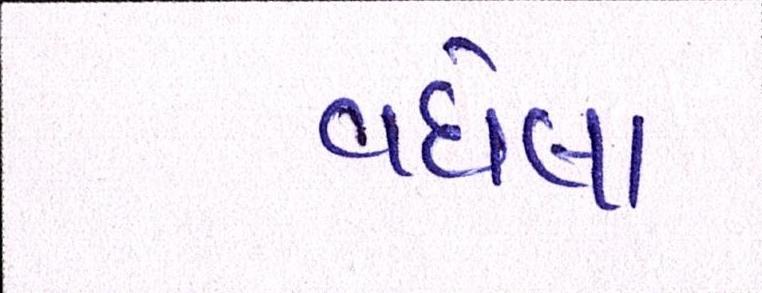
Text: વધેલા